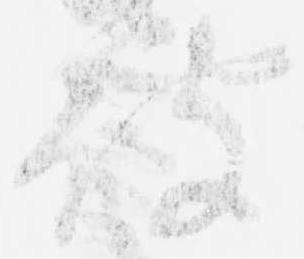
被